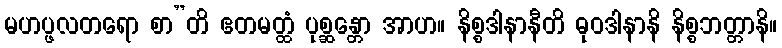
မဟပ္ဖလတရော စာ”တိ ဧတမတ္ထံ ပုစ္ဆန္တော အာဟ။ နိစ္စဒါနာနီတိ ဓုဝဒါနာနိ နိစ္စဘတ္တာနိ။